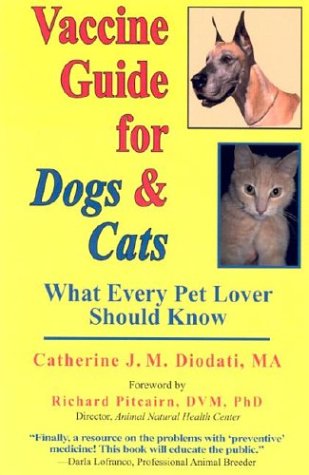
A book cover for Vaccine Guide for Dogs and Cats: What Every Pet Lover Should Know; Catherine J.M. Diodati; Medical Books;